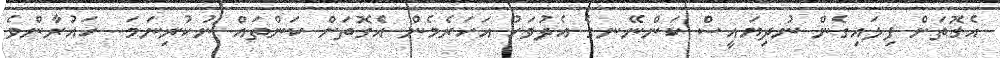
އެގޮތަށް ފިލައިގެން ނުދިޔައީސް ކަންނޭނގެ އެދުވަހު އަހަރެމެން އެގޮތަށް ކަންތައް ނުކުރިނަމަ.. ހައުރާންވެ